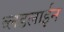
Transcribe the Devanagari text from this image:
ब्लडलाईन